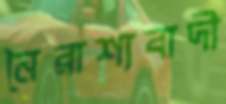
নৈরাশ্যবাদী